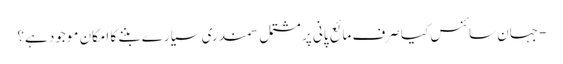
- جہان سائنس کیا صرف مائع پانی پر مشتمل سمندری سیارے بننے کا امکان موجود ہے؟